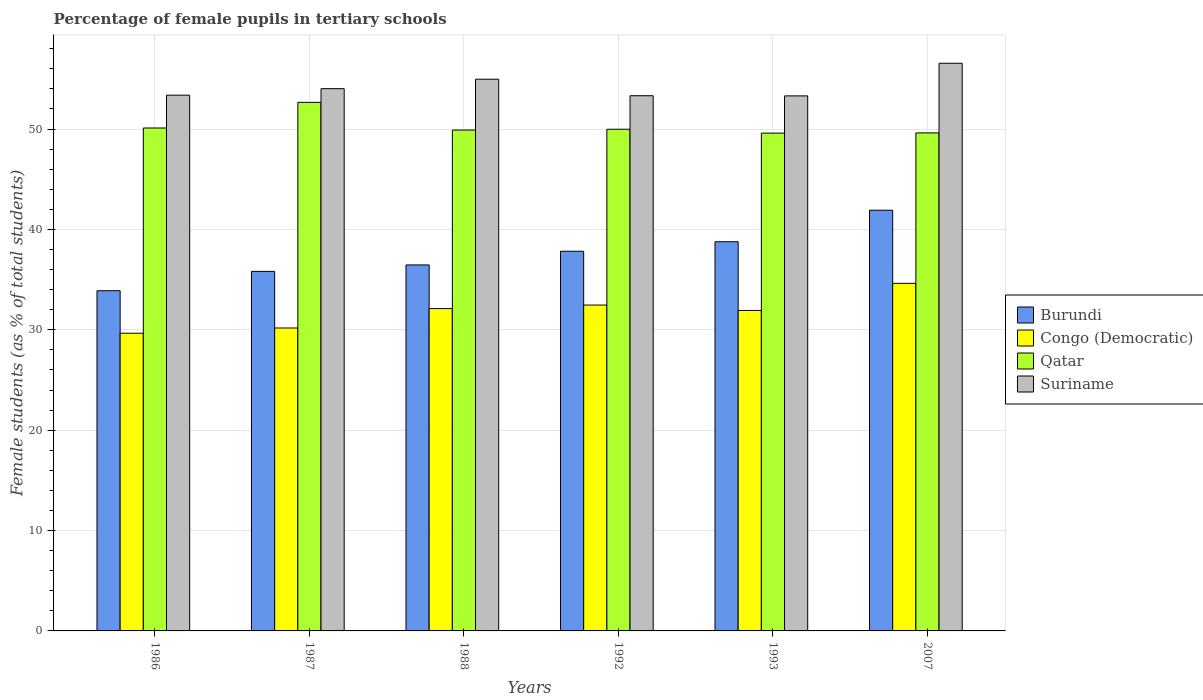
| Years | Burundi | Congo (Democratic) | Qatar | Suriname |
 | --- | --- | --- | --- | --- |
 | 1986 | 33.9 | 29.7 | 50.1 | 53.4 |
 | 1987 | 35.8 | 30.2 | 52.7 | 54 |
 | 1988 | 36.5 | 32.1 | 49.9 | 55 |
 | 1992 | 37.8 | 32.5 | 50 | 53.3 |
 | 1993 | 38.8 | 31.9 | 49.6 | 53.3 |
 | 2007 | 41.9 | 34.6 | 49.6 | 56.6 |